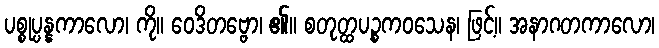
ပစ္စုပ္ပန္နကာလော၊ ကို။ ဝေဒိတဗ္ဗော၊ ၏။ စတုတ္ထပဉ္စကဝသေန၊ ဖြင့်။ အနာဂတကာလော၊